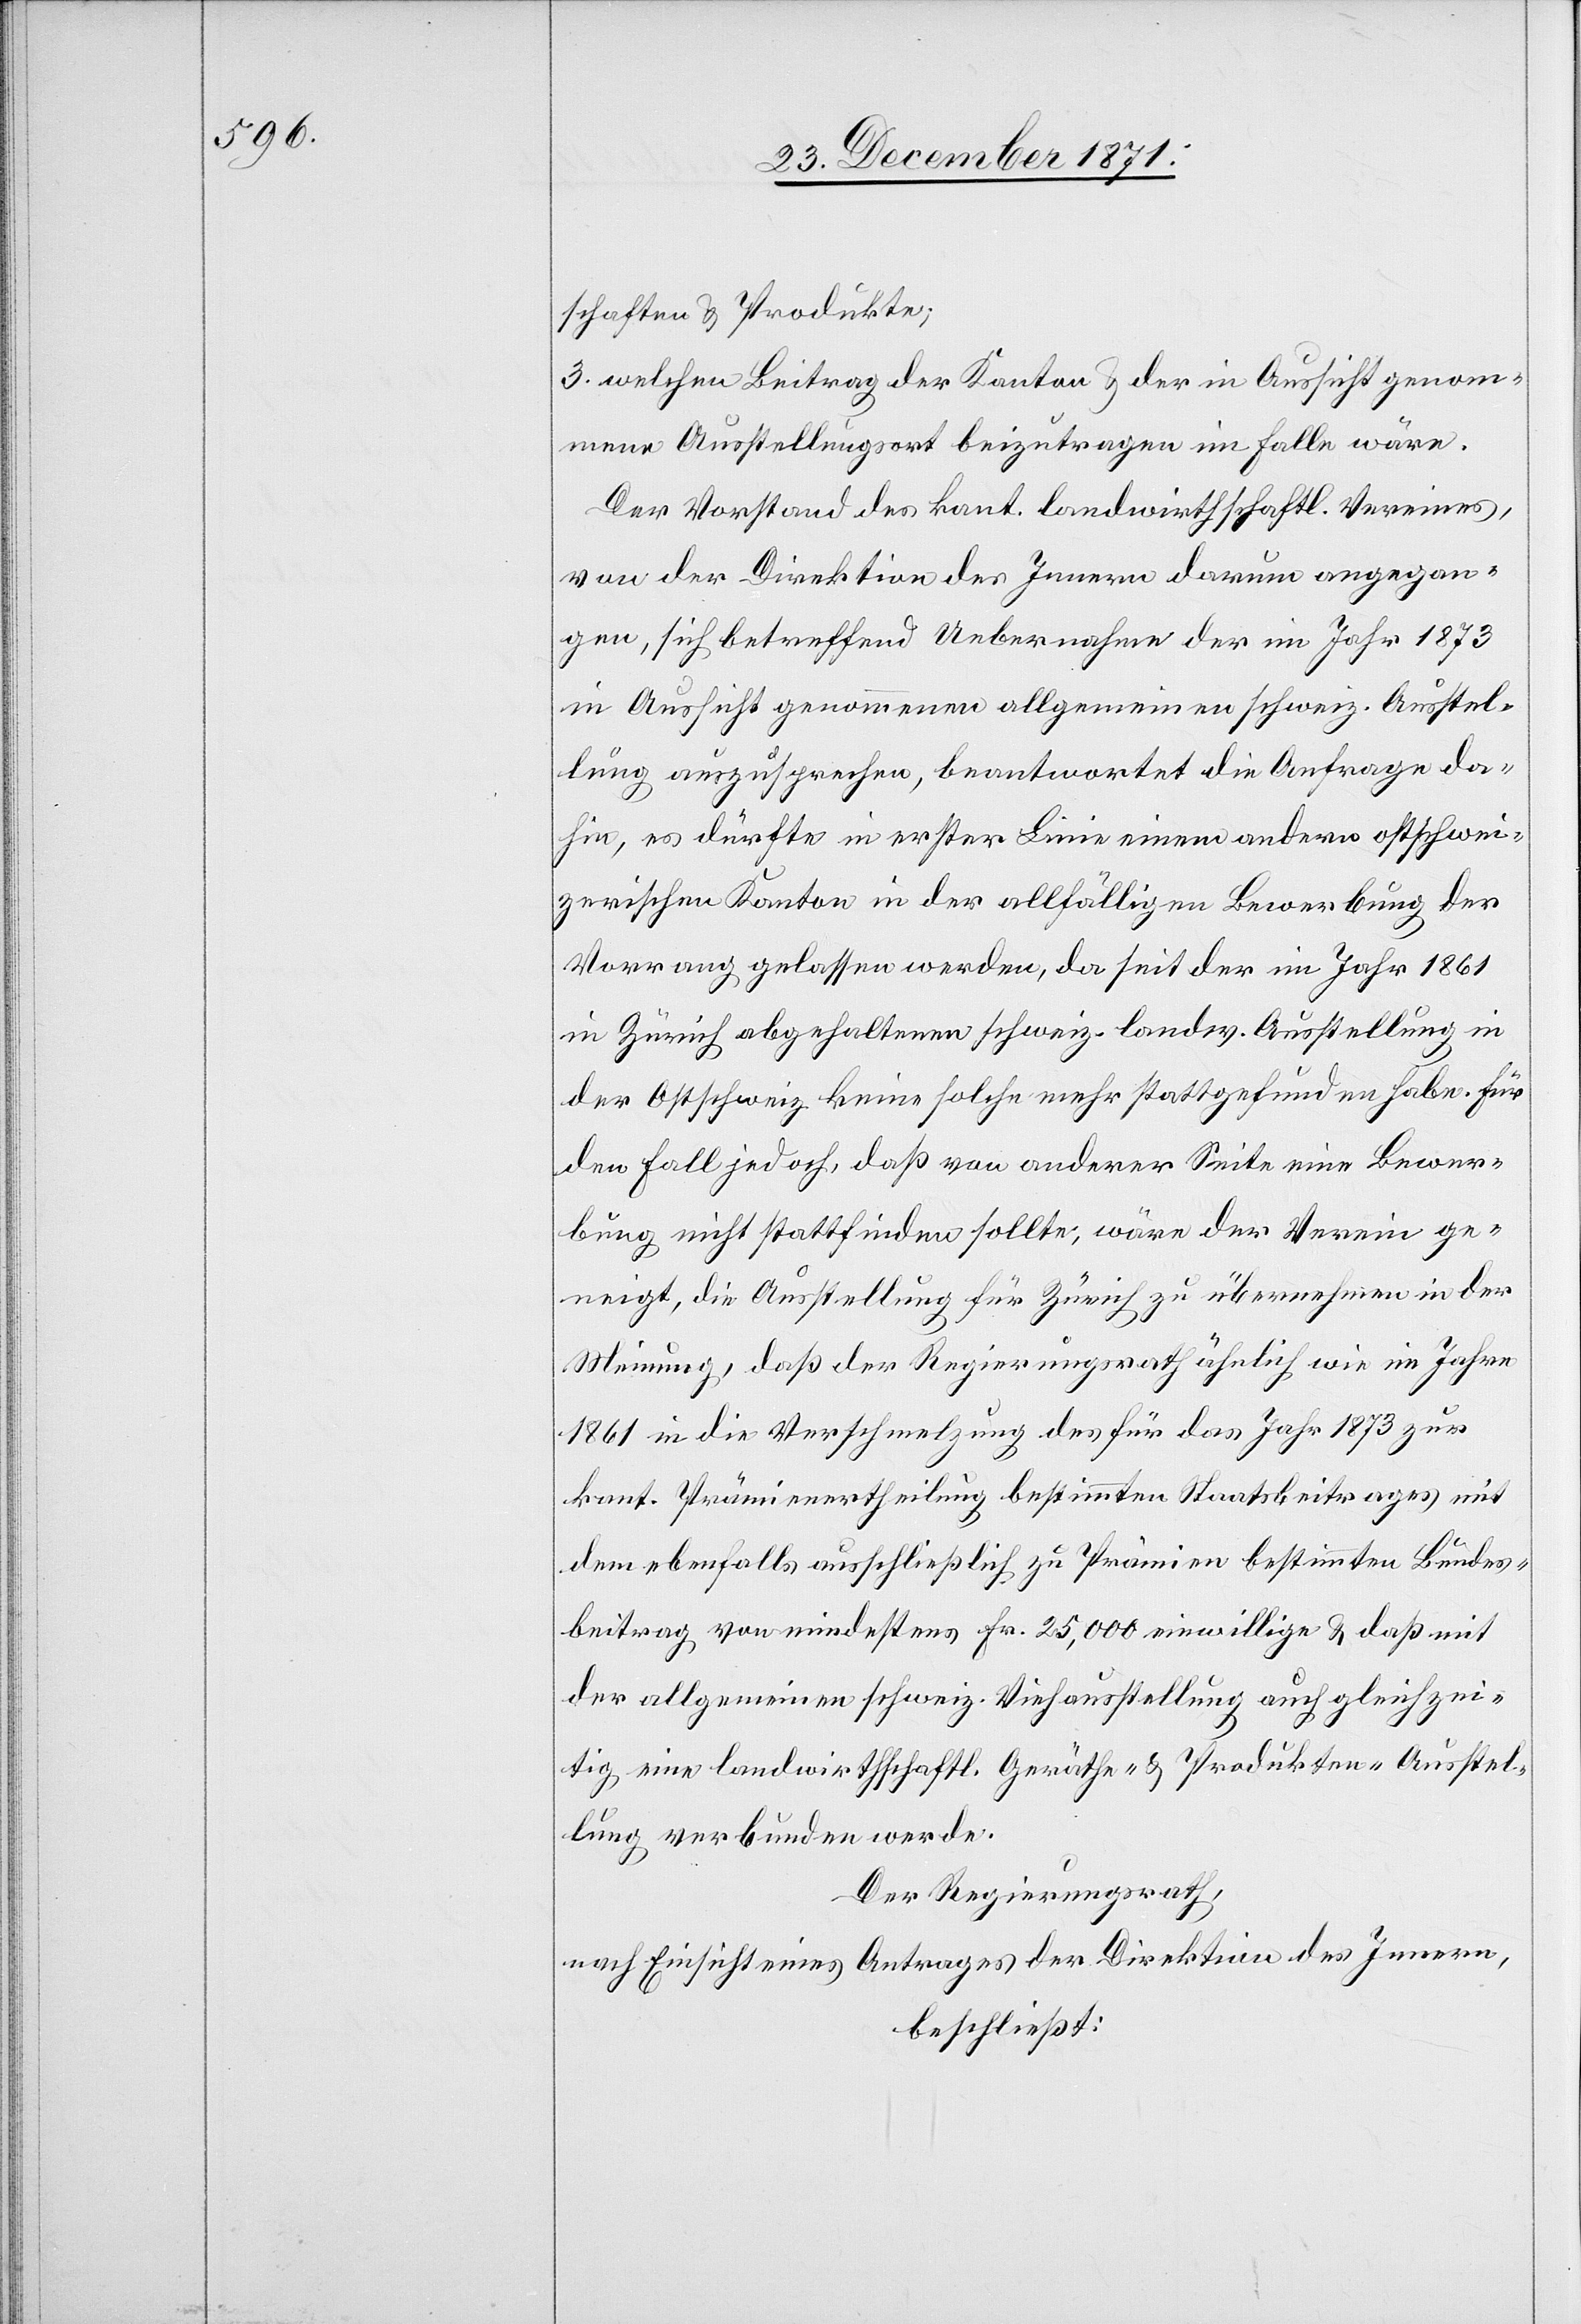
schaften & Produkte;
3. welchen Beitrag der Kanton & der in Aussicht genom¬
mene Ausstellungsort beizutragen im Falle wäre.
Der Vorstand des kant. Landwirthschaftl. Vereins,
von der Direktion des Innern darum angegan¬
gen, sich betreffend Uebernahme der im Jahr 1873
in Aussicht genommenen allgemeinen schweiz. Ausstel¬
lung auszusprechen, beantwortet die Anfrage da¬
hin, es dürfte in erster Linie einem andern ostschwei¬
zerischen Kanton in der allfälligen Bewerbung der
Vorrang gelassen werden, da seit der im Jahr 1861
in Zürich abgehaltenen schweiz. landw. Ausstellung in
der Ostschweiz keine solche mehr stattgefunden habe. Für
den Fall jedoch, daß von anderer Seite eine Bewer¬
bung nicht stattfinden sollte, wäre der Verein ge¬
neigt, die Ausstellung für Zürich zu übernehmen in der
Meinung, daß der Regierungsrath ähnlich wie im Jahre
1861 in die Verschmelzung des für das Jahr 1873 zur
kant. Prämienertheilung bestimmten Staatsbeitrages mit
dem ebenfalls ausschließlich zu Prämien bestimmten Bundes¬
beitrag von mindestens Fr. 25,000 einwillige & daß mit
der allgemeinen schweiz. Viehausstellung auch gleichzei¬
tig eine landwirthschaftl. Geräthe- & Produkten-Ausstel¬
lung verbunden werde.
Der Regierungsrath,
nach Einsicht eines Antrages der Direktion des Innern,
beschließt: